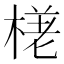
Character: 𣕗